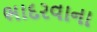
ભાદરવાના